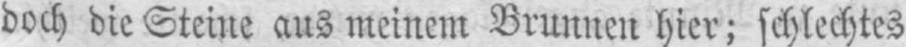
doch die Steine aus meinem Brunnen hier; schlechtes